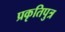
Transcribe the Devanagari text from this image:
प्रकृतिपुत्र